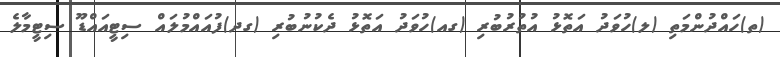
(ތ)ހައްދުންމަތި (ލ)ހުވަދު އަތޮޅު އުތުރުބުރި (ގއ)ހުވަދު އަތޮޅު ދެކުނުބުރި (ގދ)ފުއައްމުލައް ސިޓީއައްޑޫ ސިޓީމާލެ